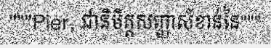
"""Pier, ជានិមិត្តសញ្ញាសំខាន់នៃ"""